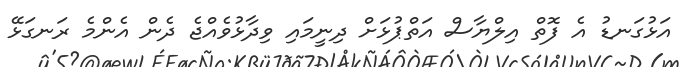
އަޅުގަނޑު އެ ފޮތް އިލްޔާސް އަތްޕުޅަށް ދިނީމައި ވިދާޅުވެއްޖެ ދެން އެންމެ ރަނގަޅޭ